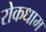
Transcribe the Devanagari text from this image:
रोकधाम